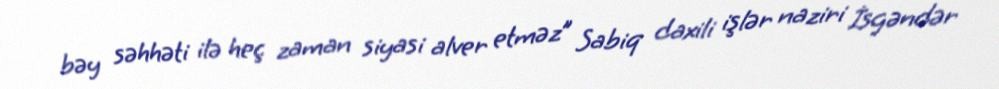
bəy səhhəti ilə heç zaman siyasi alver etməz” Sabiq daxili işlər naziri İsgəndər